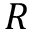
R